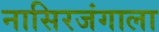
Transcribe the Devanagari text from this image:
नासिरजंगाला